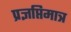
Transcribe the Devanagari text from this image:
प्रज्ञप्तिमात्र